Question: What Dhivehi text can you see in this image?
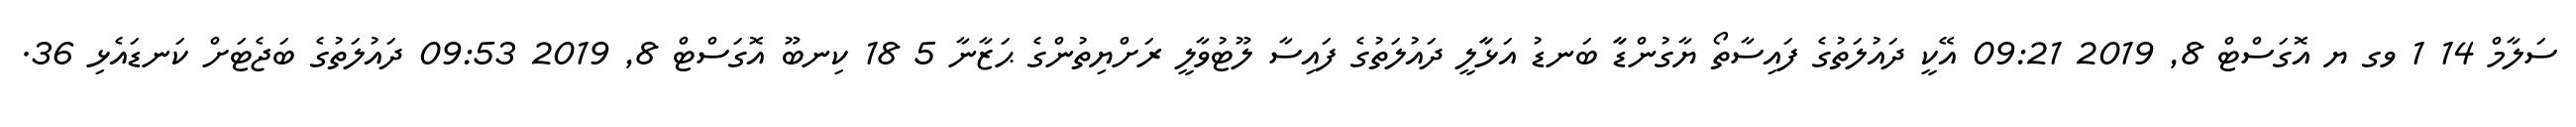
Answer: ސަލާމް 14 1 ވގ ޔ އޮގަސްޓް 8, 2019 09:21 އޭކީ ދައުލަތުގެ ފައިސާތޯ ޔާގުންޑާާ ބަނޑު އަޅާާލީ ދައުލަތުގެ ފައިސާ ލޫޓުވާލީ ރަށްޔިތުންގެ ޙަޒާނާ 5 18 ކިނބޫ އޮގަސްޓް 8, 2019 09:53 ދައުލަތުގެ ބަޖެޓަށް ކަނޑައެޅި 36.